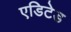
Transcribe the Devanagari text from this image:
एडिटेड